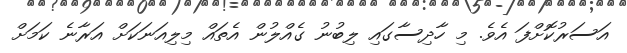
އަސަރުކޮށްފަ އެވެ. މި ހާދިސާގައި ލިބުނު ގެއްލުން އެތައް މިލިއަނަކަށް އަރާނެ ކަމަށް